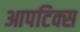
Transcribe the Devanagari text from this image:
आपटिक्स